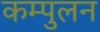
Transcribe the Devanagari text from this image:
कम्पुलन